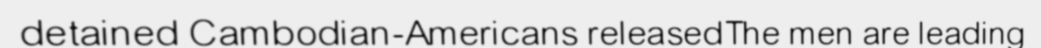
detained Cambodian-Americans releasedThe men are leading